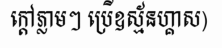
ក្តៅភ្លាមៗ ប្រើឧស្ម័នហ្គាស)